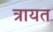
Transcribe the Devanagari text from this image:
त्रायत